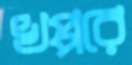
খপ্পরে